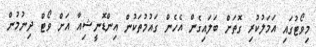
މިވޯޓުގައި އަމަލުކުރި ގޮތަށް ބަލައިގެން އެހެން ގައުމުތަކުން އިންޑޮނީޝިއާ އަށް ވޯޓް ދިނުމުން